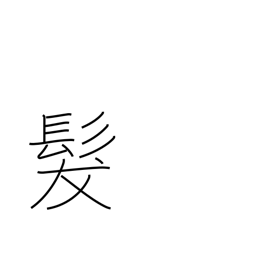
Meaning: hair